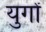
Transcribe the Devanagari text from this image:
युगाें